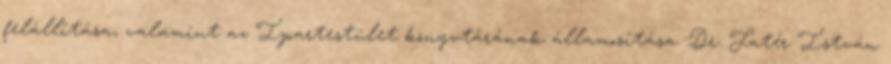
felállítása, valamint az Ipartestület könyvtárának államosítása. Dr. Fatér István